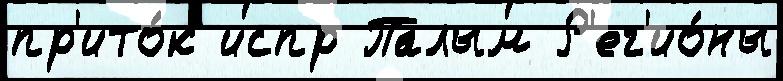
пр'ито́к испр Палым Р'ег'ио́ны